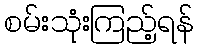
စမ်းသုံးကြည့်ရန်